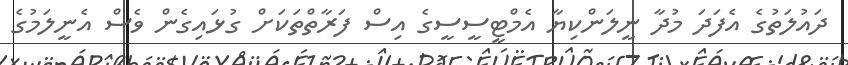
ދައުލަތުގެ އެފަދަ މުދާ ނީލަންކިޔާ އެމްޓީސީސީގެ އިސް ފަރާތްތަކަށް ގުޅައިގެން ވެސް އެނީލަމުގެ